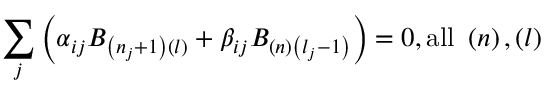
\sum _ { j } \left( \alpha _ { i j } B _ { \left( n _ { j } + 1 \right) \left( l \right) } + \beta _ { i j } B _ { \left( n \right) \left( l _ { j } - 1 \right) } \right) = 0 , \mathrm { a l l ~ } \left( n \right) , \left( l \right)